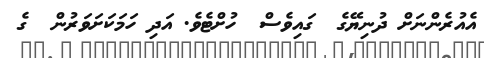
އެއުރެންނަށް ދުނިޔޭގެ  ގައިވެސް  ހުށްޓެވެ. އަދި ހަމަކަށަވަރުން  ގެ